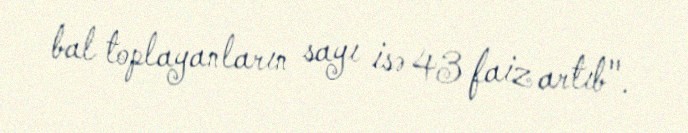
bal toplayanların sayı isə 43 faiz artıb".